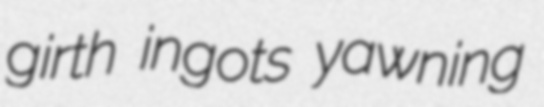
girth ingots yawning